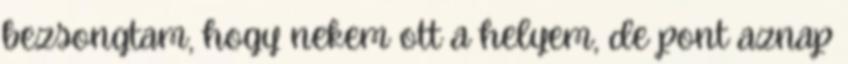
bezsongtam, hogy nekem ott a helyem, de pont aznap